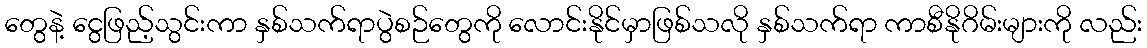
တွေနဲ့ ငွေဖြည့်သွင်းကာ နှစ်သက်ရာပွဲစဉ်တွေကို လောင်းနိုင်မှာဖြစ်သလို နှစ်သက်ရာ ကာစီနိုဂိမ်းများကို လည်း